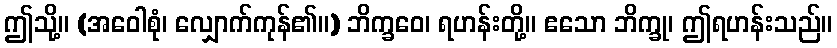
ဤသို့။ (အဝေါစုံ၊ လျှောက်ကုန်၏။) ဘိက္ခဝေ၊ ရဟန်းတို့။ ဧသော ဘိက္ခု၊ ဤရဟန်းသည်။